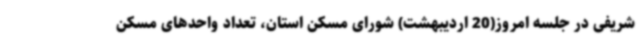
شریفی در جلسه امروز(20 اردیبهشت) شورای مسکن استان، تعداد واحدهای مسکن